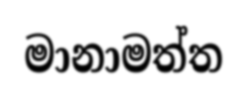
මානාමත්ත